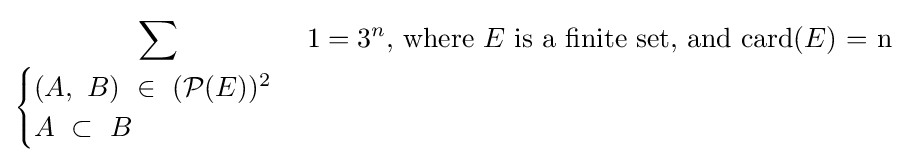
\sum _{\begin{cases}(A,\ B)\ \in \ ({\mathcal {P}}(E))^{2}\\A\ \subset \ B\end{cases}}1=3^{n}{\text{, where }}E{\text{ is a finite set, and card(}}E{\text{) = n}}